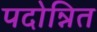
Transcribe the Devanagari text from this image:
पदोन्नित